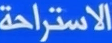
الاستراحة